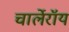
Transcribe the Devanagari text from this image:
चार्लेरॉय